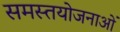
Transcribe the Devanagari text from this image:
समस्तयोजनाओं